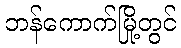
ဘန်ကောက်မြို့တွင်